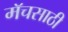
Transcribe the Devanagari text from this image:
मॅचसाठी